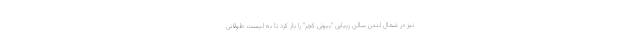
نیز در شمال لندن سالن زیبایی "بیوتی کچر" را باز کرد تا به لیست طولانی